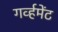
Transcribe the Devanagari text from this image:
गर्व्हमेंट